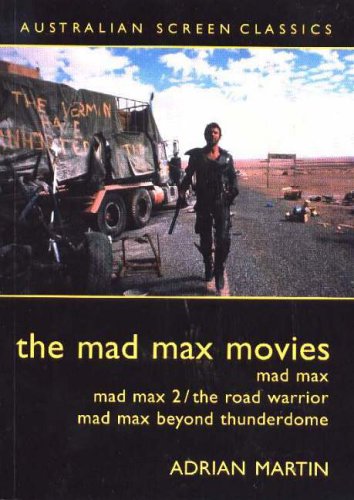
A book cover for The Mad Max Movies; Adrian Martin; Humor & Entertainment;